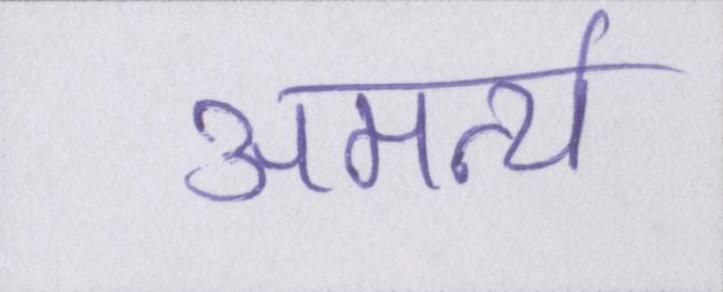
अमर्त्य